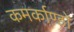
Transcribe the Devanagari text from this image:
कमर्काण्डों